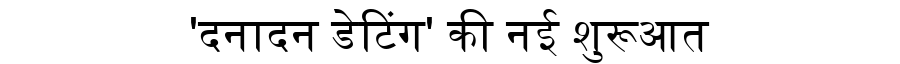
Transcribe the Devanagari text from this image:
'दनादन डेटिंग' की नई शुरूआत